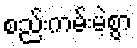
စည်းကမ်းမဲ့စွာ